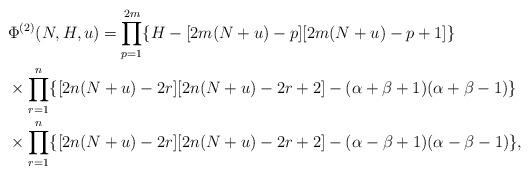
LaTeX: \begin{align*} &\Phi^{(2)}(N,H,u) = \prod_{p=1}^{2m} \{H-[2m(N+u)-p][2m(N+u)-p+1]\} \\ &\times \prod_{r=1}^{n} \{[2n(N+u)-2r][2n(N+u)-2r+2]-(\alpha+\beta+1)(\alpha+\beta-1)\} \\ &\times \prod_{r=1}^n \{[2n (N+u)-2r][2n (N+u)-2r +2]-(\alpha-\beta+1)(\alpha-\beta-1)\}, \end{align*}